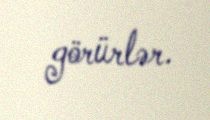
görürlər.